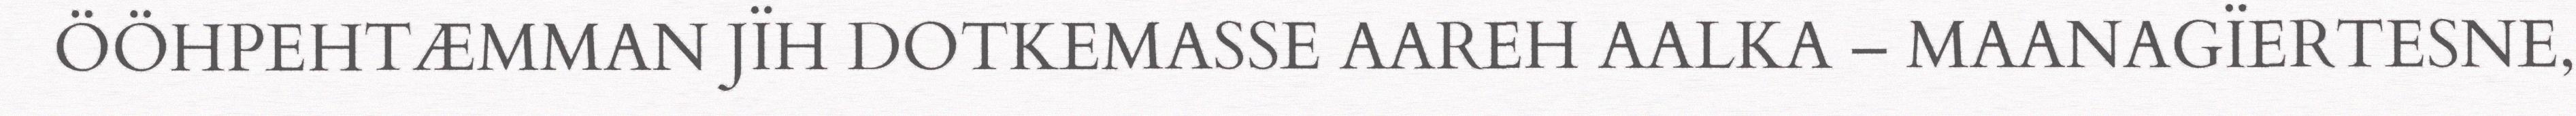
ÖÖHPEHTÆMMAN JÏH DOTKEMASSE AAREH AALKA – MAANAGÏERTESNE,